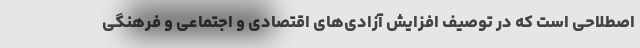
اصطلاحی است که در توصیف افزایش آزادی‌های اقتصادی و اجتماعی و فرهنگی